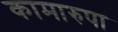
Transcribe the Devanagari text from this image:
कामारुपा